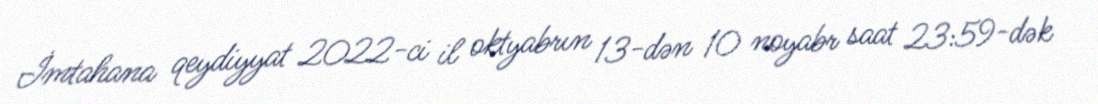
İmtahana qeydiyyat 2022-ci il oktyabrın 13-dən 10 noyabr saat 23:59-dək